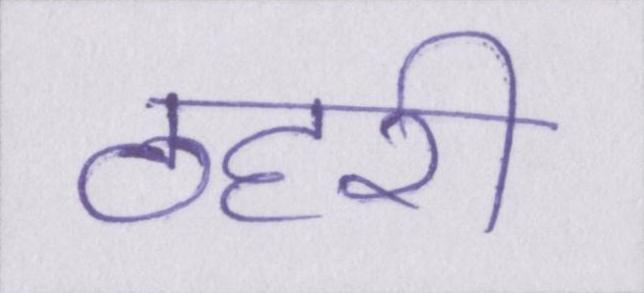
ठहरी